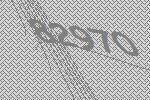
82970